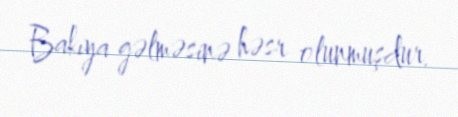
Bakıya gəlməsinə həsr olunmuşdur.